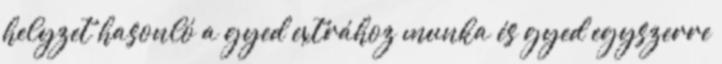
helyzet hasonló a gyed extrához munka és gyed egyszerre